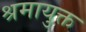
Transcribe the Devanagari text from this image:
श्रमायुक्त